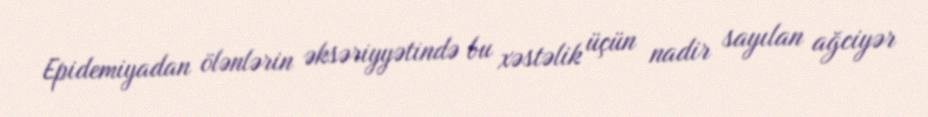
Epidemiyadan ölənlərin əksəriyyətində bu xəstəlik üçün nadir sayılan ağciyər